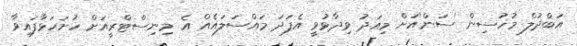
އަބްދުލް މުހުސިން 'ސަން'އަށް މިއަދު ވިދާޅުވީ އެފަދަ މައްސަލައެއް އެ މިނިސްޓްރީއަށް ހުށަހަޅާފައިވާ